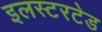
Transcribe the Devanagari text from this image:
इलस्टरटेड